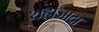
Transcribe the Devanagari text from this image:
शहाजादा